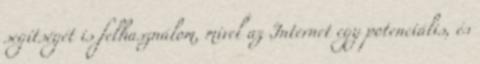
segítségét is felhasználom, mivel az Internet egy potenciális, és